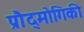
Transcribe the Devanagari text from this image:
प्रौद्मोगिकी